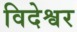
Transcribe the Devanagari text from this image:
विदेश्वर